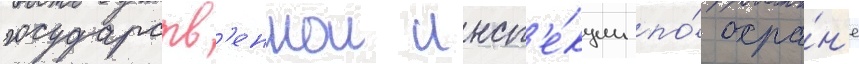
государств'еннои инсп'е́кции по́ охра́н'е